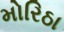
મોરિઠા